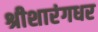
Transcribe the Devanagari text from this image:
श्रीशारंगधर